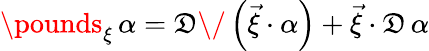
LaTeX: \pounds_{\xi}\, \alpha=\mathfrak{D}\/ \left(\vec{{\xi}}\cdot\alpha\right)+\vec{{\xi}}\cdot\mathfrak{D}\, \alpha